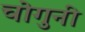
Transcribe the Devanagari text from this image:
चोगुनी